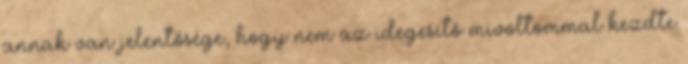
annak van jelentősége, hogy nem az idegesítő mivoltommal kezdte